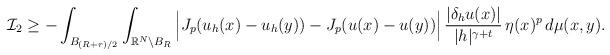
LaTeX: \begin{align*}\mathcal{I}_2&\ge -\int_{B_{(R+r)/2}}\int_{\mathbb{R}^N\setminus B_R} \Big|J_p(u_h(x)-u_h(y))-J_p(u(x)-u(y))\Big|\,\frac{|\delta_h u(x)|}{|h|^{\gamma+t}}\,\eta(x)^p\,d\mu(x,y).\end{align*}